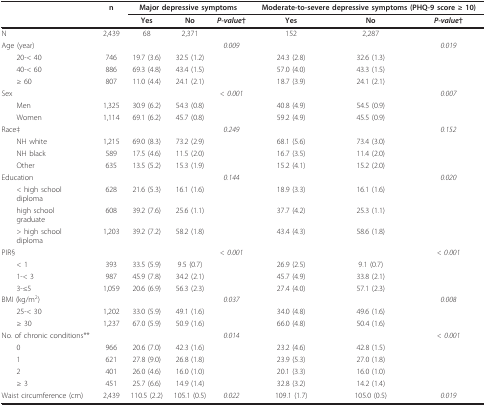
<table><thead><tr><td></td><td><b>n</b></td><td colspan="3"><b>Major depressive symptoms</b></td><td colspan="3"><b>Moderate-to-severe depressive symptoms (PHQ-9 score ≥ 10)</b></td></tr><tr><td></td><td></td><td><b>Yes</b></td><td><b>No</b></td><td><b><i>P-value</i>†</b></td><td><b>Yes</b></td><td><b>No</b></td><td><b><i>P-value</i>†</b></td></tr></thead><tbody><tr><td>N</td><td>2,439</td><td>68</td><td>2,371</td><td></td><td>152</td><td>2,287</td><td></td></tr><tr><td>Age (year)</td><td></td><td></td><td></td><td><i>0.009</i></td><td></td><td></td><td><i>0.019</i></td></tr><tr><td> 20-&lt; 40</td><td>746</td><td>19.7 (3.6)</td><td>32.5 (1.2)</td><td></td><td>24.3 (2.8)</td><td>32.6 (1.3)</td><td></td></tr><tr><td> 40-&lt; 60</td><td>886</td><td>69.3 (4.8)</td><td>43.4 (1.5)</td><td></td><td>57.0 (4.0)</td><td>43.3 (1.5)</td><td></td></tr><tr><td> ≥ 60</td><td>807</td><td>11.0 (4.4)</td><td>24.1 (2.1)</td><td></td><td>18.7 (3.9)</td><td>24.1 (2.1)</td><td></td></tr><tr><td>Sex</td><td></td><td></td><td></td><td><i>&lt; 0.001</i></td><td></td><td></td><td><i>0.007</i></td></tr><tr><td> Men</td><td>1,325</td><td>30.9 (6.2)</td><td>54.3 (0.8)</td><td></td><td>40.8 (4.9)</td><td>54.5 (0.9)</td><td></td></tr><tr><td> Women</td><td>1,114</td><td>69.1 (6.2)</td><td>45.7 (0.8)</td><td></td><td>59.2 (4.9)</td><td>45.5 (0.9)</td><td></td></tr><tr><td>Race‡</td><td></td><td></td><td></td><td><i>0.249</i></td><td></td><td></td><td><i>0.152</i></td></tr><tr><td> NH white</td><td>1,215</td><td>69.0 (8.3)</td><td>73.2 (2.9)</td><td></td><td>68.1 (5.6)</td><td>73.4 (3.0)</td><td></td></tr><tr><td> NH black</td><td>589</td><td>17.5 (4.6)</td><td>11.5 (2.0)</td><td></td><td>16.7 (3.5)</td><td>11.4 (2.0)</td><td></td></tr><tr><td> Other</td><td>635</td><td>13.5 (5.2)</td><td>15.3 (1.9)</td><td></td><td>15.2 (4.1)</td><td>15.2 (2.0)</td><td></td></tr><tr><td>Education</td><td></td><td></td><td></td><td><i>0.144</i></td><td></td><td></td><td><i>0.020</i></td></tr><tr><td> &lt; high schooldiploma</td><td>628</td><td>21.6 (5.3)</td><td>16.1 (1.6)</td><td></td><td>18.9 (3.3)</td><td>16.1 (1.6)</td><td></td></tr><tr><td> high schoolgraduate</td><td>608</td><td>39.2 (7.6)</td><td>25.6 (1.1)</td><td></td><td>37.7 (4.2)</td><td>25.3 (1.1)</td><td></td></tr><tr><td> &gt; high schooldiploma</td><td>1,203</td><td>39.2 (7.2)</td><td>58.2 (1.8)</td><td></td><td>43.4 (4.3)</td><td>58.6 (1.8)</td><td></td></tr><tr><td>PIR§</td><td></td><td></td><td></td><td><i>&lt; 0.001</i></td><td></td><td></td><td><i>&lt; 0.001</i></td></tr><tr><td> &lt; 1</td><td>393</td><td>33.5 (5.9)</td><td>9.5 (0.7)</td><td></td><td>26.9 (2.5)</td><td>9.1 (0.7)</td><td></td></tr><tr><td> 1-&lt; 3</td><td>987</td><td>45.9 (7.8)</td><td>34.2 (2.1)</td><td></td><td>45.7 (4.9)</td><td>33.8 (2.1)</td><td></td></tr><tr><td> 3-≤5</td><td>1,059</td><td>20.6 (6.9)</td><td>56.3 (2.3)</td><td></td><td>27.4 (4.0)</td><td>57.1 (2.3)</td><td></td></tr><tr><td>BMI (kg/m<sup>2</sup>)</td><td></td><td></td><td></td><td><i>0.037</i></td><td></td><td></td><td><i>0.008</i></td></tr><tr><td> 25-&lt; 30</td><td>1,202</td><td>33.0 (5.9)</td><td>49.1 (1.6)</td><td></td><td>34.0 (4.8)</td><td>49.6 (1.6)</td><td></td></tr><tr><td> ≥ 30</td><td>1,237</td><td>67.0 (5.9)</td><td>50.9 (1.6)</td><td></td><td>66.0 (4.8)</td><td>50.4 (1.6)</td><td></td></tr><tr><td>No. of chronic conditions**</td><td></td><td></td><td></td><td><i>0.014</i></td><td></td><td></td><td><i>&lt; 0.001</i></td></tr><tr><td> 0</td><td>966</td><td>20.6 (7.0)</td><td>42.3 (1.6)</td><td></td><td>23.2 (4.6)</td><td>42.8 (1.5)</td><td></td></tr><tr><td> 1</td><td>621</td><td>27.8 (9.0)</td><td>26.8 (1.8)</td><td></td><td>23.9 (5.3)</td><td>27.0 (1.8)</td><td></td></tr><tr><td> 2</td><td>401</td><td>26.0 (4.6)</td><td>16.0 (1.0)</td><td></td><td>20.1 (3.3)</td><td>16.0 (1.0)</td><td></td></tr><tr><td> ≥ 3</td><td>451</td><td>25.7 (6.6)</td><td>14.9 (1.4)</td><td></td><td>32.8 (3.2)</td><td>14.2 (1.4)</td><td></td></tr><tr><td>Waist circumference (cm)</td><td>2,439</td><td>110.5 (2.2)</td><td>105.1 (0.5)</td><td><i>0.022</i></td><td>109.1 (1.7)</td><td>105.0 (0.5)</td><td><i>0.019</i></td></tr></tbody></table>